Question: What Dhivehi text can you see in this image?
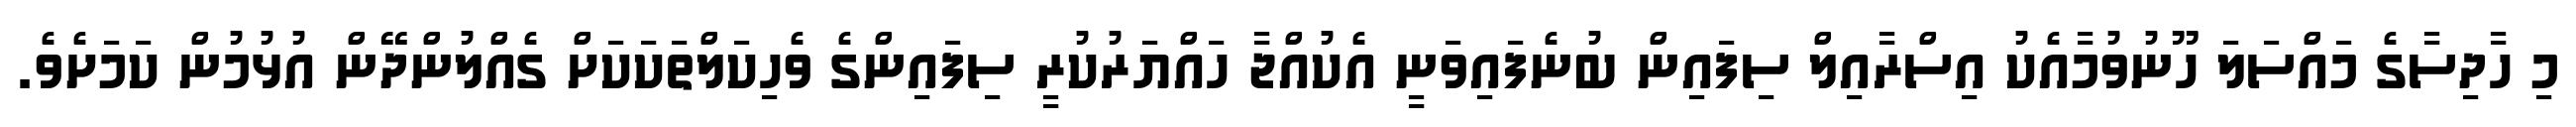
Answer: މި ހާދިސާގެ މައްސަލަ ހޫނުވުމާއެކު އިސްރާއިލް ސިފައިން ބުނެފައިވަނީ އެކުއްޖާ ހައްޔަރުކުރީ ސިފައިންގެ ވެހިކަލްތަކަކަށް ގެއްލުންދޭން އުޅުމުން ކަމަށެވެ.